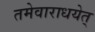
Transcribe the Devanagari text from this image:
तमेवाराधयेत्